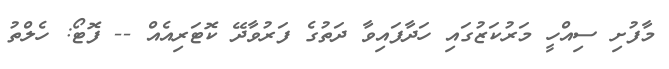
މާފުށި ސިއްހީ މަރުކަޒުގައި ހަދާފައިވާ ދަތުގެ ފަރުވާދޭ ކޮޓަރިއެއް -- ފޮޓޯ: ހެލްތު